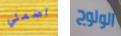
اصمتي الولوج